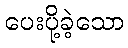
ပေးပို့ခဲ့သော